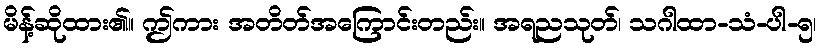
မိန့်ဆိုထား၏။ ဤကား အတိတ်အကြောင်းတည်း။ အရညသုတ်၊ သဂါထာ-သံ-ပါ-၅၊